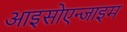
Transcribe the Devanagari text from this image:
आइसोएन्जाइम